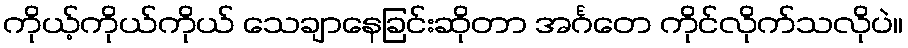
ကိုယ့်ကိုယ်ကိုယ် သေချာနေခြင်းဆိုတာ အင်္ဂတေ ကိုင်လိုက်သလိုပဲ။